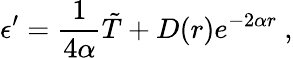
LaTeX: \epsilon^{\prime}=\frac{1}{4\alpha}\tilde{T}+D(r)e^{-2\alpha r}\ ,